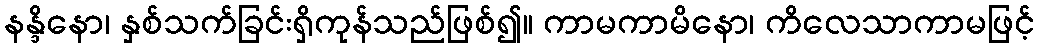
နန္ဒိနော၊ နှစ်သက်ခြင်းရှိကုန်သည်ဖြစ်၍။ ကာမကာမိနော၊ ကိလေသာကာမဖြင့်